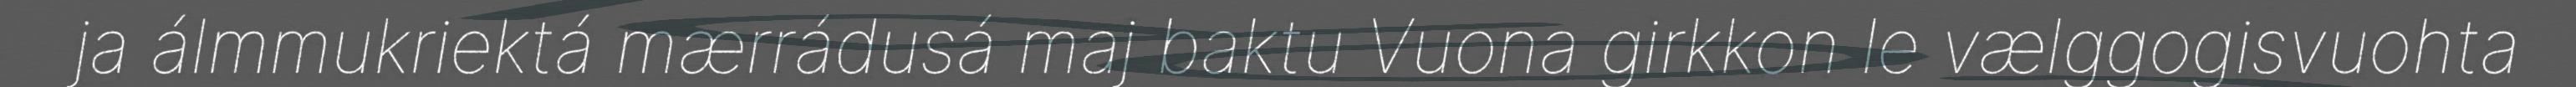
ja álmmukriektá mærrádusá maj baktu Vuona girkkon le vælggogisvuohta